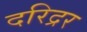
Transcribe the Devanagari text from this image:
दरिद्रर